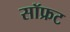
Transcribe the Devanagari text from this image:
सॉफ्रट